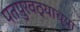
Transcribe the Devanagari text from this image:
पतपुरवठ्याच्या